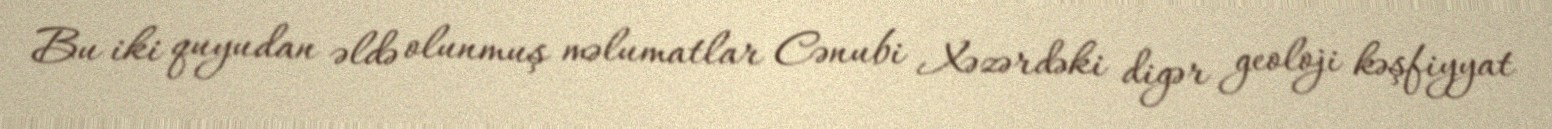
Bu iki quyudan əldə olunmuş məlumatlar Cənubi Xəzərdəki digər geoloji kəşfiyyat